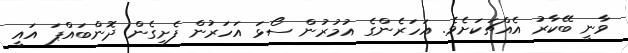
ވާނީ ބޭކާރު އެއްޗަކަަށެވެ. އަހަރެންގެ އުމުރުން ސޯޅަ އަހަރުން ފެށިގެން ދޮންބައްޕަ އައީ